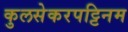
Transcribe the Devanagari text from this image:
कुलसेकरपट्टिनम